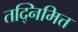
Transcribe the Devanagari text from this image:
तद्निमित्त